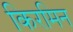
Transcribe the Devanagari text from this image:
किरमिन